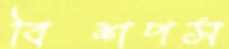
বিশপস